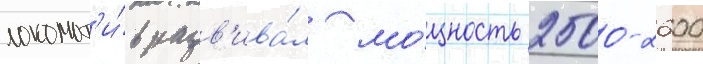
локомот'и́в разв'ива́л мо́щность 2500-2600